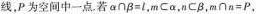
线，P为空间中一点。若$$\alpha \cap \beta=l$$，$$m \subset \alpha$$，$$n \subset \beta$$，$$m \cap n=P$$，